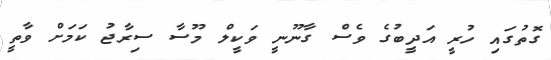
ގޮތުގައި ހުރީ އަދީބުގެ ވެސް ގާނޫނީ ވަކީލް މޫސާ ސިރާޖު ކަމަށް ވާތީ